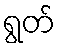
ရွတ်